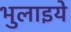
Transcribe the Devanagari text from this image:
भुलाइये